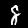
Label: 8